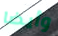
وأيضا